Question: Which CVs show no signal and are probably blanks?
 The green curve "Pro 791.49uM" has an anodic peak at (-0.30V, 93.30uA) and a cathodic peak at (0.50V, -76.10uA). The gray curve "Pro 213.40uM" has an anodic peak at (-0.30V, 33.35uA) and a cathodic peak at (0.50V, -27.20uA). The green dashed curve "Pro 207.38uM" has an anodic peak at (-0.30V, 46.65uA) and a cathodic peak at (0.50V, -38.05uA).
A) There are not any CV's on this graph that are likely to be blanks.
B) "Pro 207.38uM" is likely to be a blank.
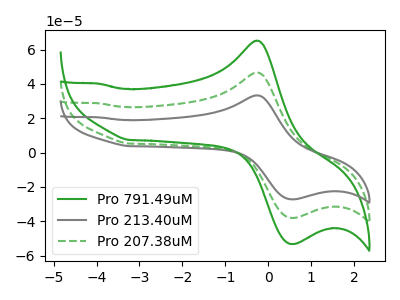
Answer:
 <answer>A) There are not any CV's on this graph that are likely to be blanks.</answer>
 <eval>A</eval>